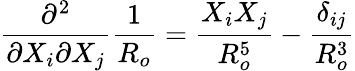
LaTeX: \frac{\partial^{2}}{\partial X_{i}\partial X_{j}}\frac{1}{R_{o}}=\frac{X_{i}X_{j}}{R_{o}^{5}}-\frac{\delta_{ij}}{R_{o}^{3}}